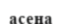
асена